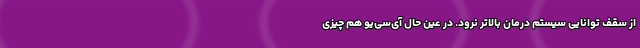
از سقف توانایی سیستم درمان بالاتر نرود. در عین حال آی‌سی‌یو هم چیزی